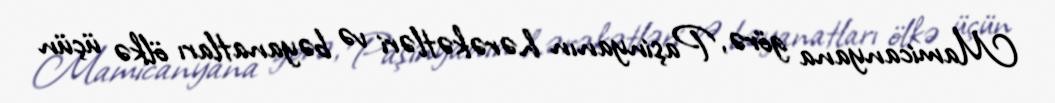
Mamicanyana görə, Paşinyanın hərəkətləri və bəyanatları ölkə üçün